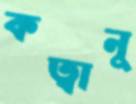
কত্বানু